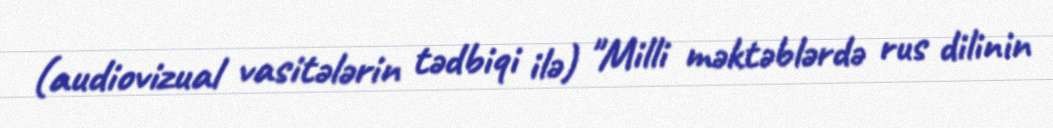
(audiovizual vasitələrin tədbiqi ilə) "Milli məktəblərdə rus dilinin